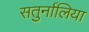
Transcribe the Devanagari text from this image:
सतुर्नालिया